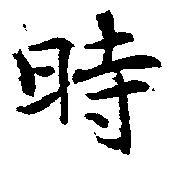
時